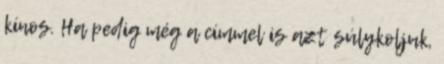
kínos. Ha pedig még a címmel is azt súlykoljuk,